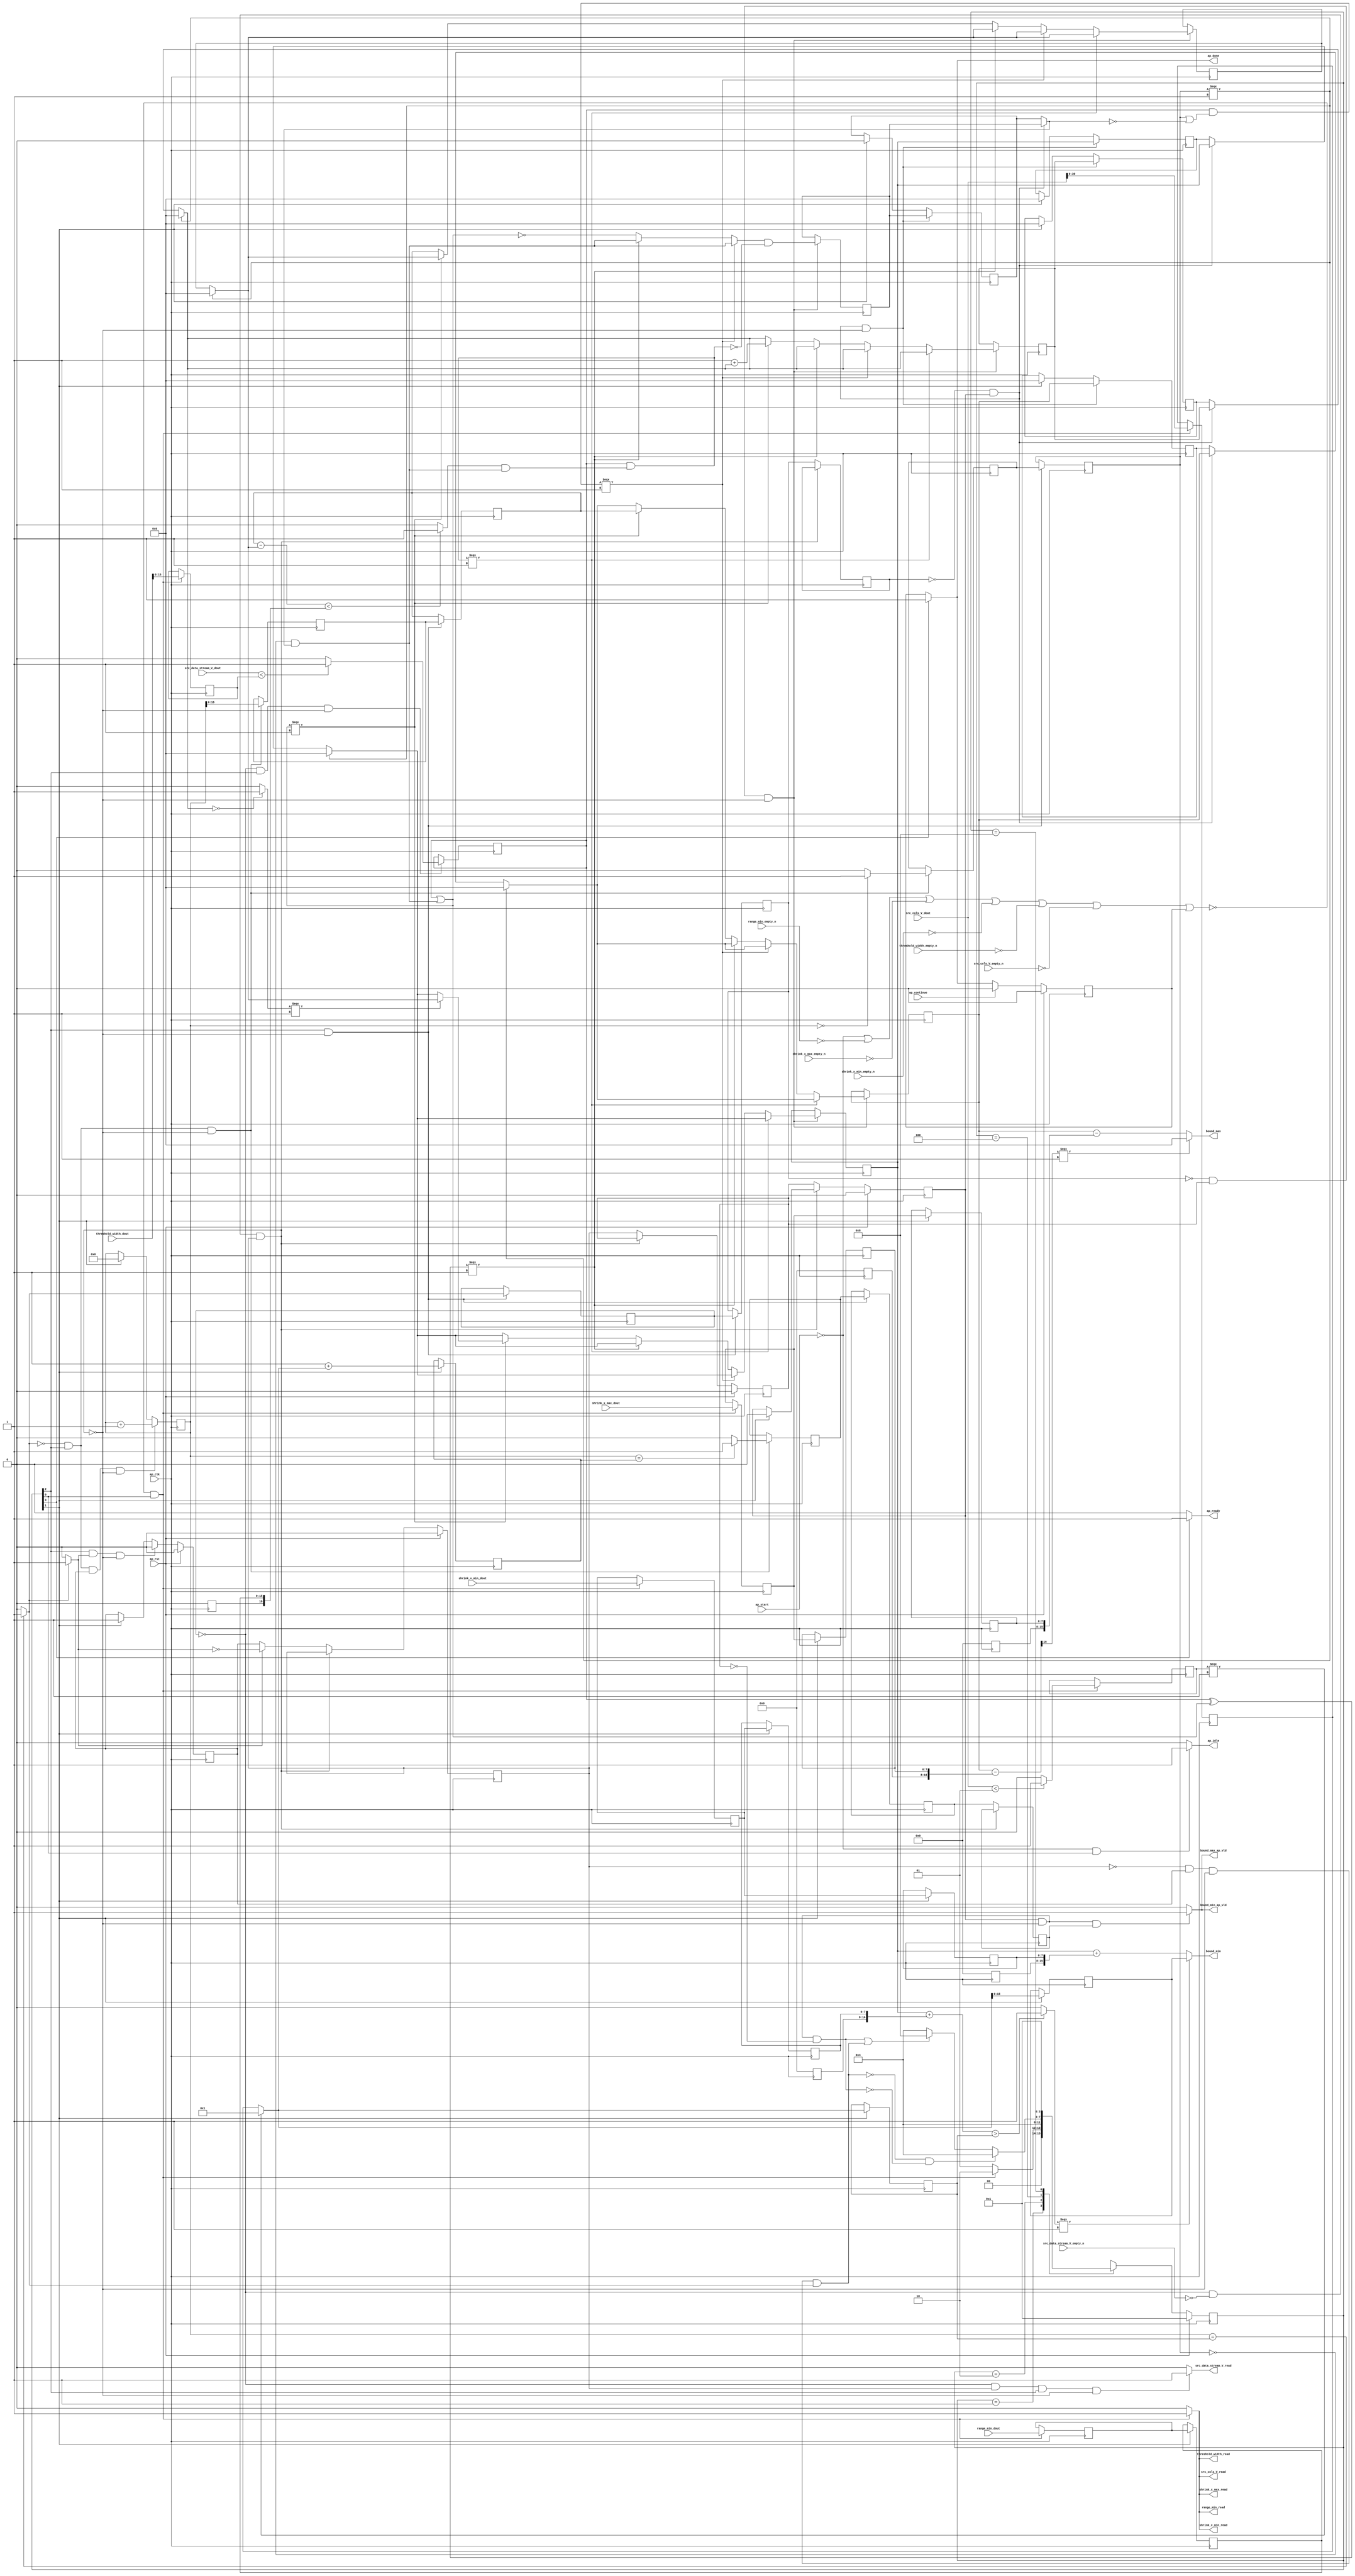
// ==============================================================
// RTL generated by Vivado(TM) HLS - High-Level Synthesis from C, C++ and SystemC
// Version: 2018.2
// Copyright (C) 1986-2018 Xilinx, Inc. All Rights Reserved.
// 
// ===========================================================

`timescale 1 ns / 1 ps 

module find_boundary_shrink_1 (
        ap_clk,
        ap_rst,
        ap_start,
        ap_done,
        ap_continue,
        ap_idle,
        ap_ready,
        src_cols_V_dout,
        src_cols_V_empty_n,
        src_cols_V_read,
        src_data_stream_V_dout,
        src_data_stream_V_empty_n,
        src_data_stream_V_read,
        threshold_width_dout,
        threshold_width_empty_n,
        threshold_width_read,
        shrink_x_min_dout,
        shrink_x_min_empty_n,
        shrink_x_min_read,
        shrink_x_max_dout,
        shrink_x_max_empty_n,
        shrink_x_max_read,
        range_min_dout,
        range_min_empty_n,
        range_min_read,
        bound_min,
        bound_min_ap_vld,
        bound_max,
        bound_max_ap_vld
);

parameter    ap_ST_fsm_state1 = 4'd1;
parameter    ap_ST_fsm_state2 = 4'd2;
parameter    ap_ST_fsm_pp0_stage0 = 4'd4;
parameter    ap_ST_fsm_state7 = 4'd8;

input   ap_clk;
input   ap_rst;
input   ap_start;
output   ap_done;
input   ap_continue;
output   ap_idle;
output   ap_ready;
input  [31:0] src_cols_V_dout;
input   src_cols_V_empty_n;
output   src_cols_V_read;
input  [15:0] src_data_stream_V_dout;
input   src_data_stream_V_empty_n;
output   src_data_stream_V_read;
input  [31:0] threshold_width_dout;
input   threshold_width_empty_n;
output   threshold_width_read;
input  [7:0] shrink_x_min_dout;
input   shrink_x_min_empty_n;
output   shrink_x_min_read;
input  [7:0] shrink_x_max_dout;
input   shrink_x_max_empty_n;
output   shrink_x_max_read;
input  [15:0] range_min_dout;
input   range_min_empty_n;
output   range_min_read;
output  [15:0] bound_min;
output   bound_min_ap_vld;
output  [15:0] bound_max;
output   bound_max_ap_vld;

reg ap_done;
reg ap_idle;
reg ap_ready;
reg src_cols_V_read;
reg src_data_stream_V_read;
reg threshold_width_read;
reg shrink_x_min_read;
reg shrink_x_max_read;
reg range_min_read;
reg bound_min_ap_vld;
reg bound_max_ap_vld;

reg    ap_done_reg;
(* fsm_encoding = "none" *) reg   [3:0] ap_CS_fsm;
wire    ap_CS_fsm_state1;
reg    src_cols_V_blk_n;
reg    src_data_stream_V_blk_n;
wire    ap_CS_fsm_pp0_stage0;
reg    ap_enable_reg_pp0_iter1;
wire    ap_block_pp0_stage0;
reg   [0:0] exitcond_reg_758;
reg    threshold_width_blk_n;
reg    shrink_x_min_blk_n;
reg    shrink_x_max_blk_n;
reg    range_min_blk_n;
reg   [0:0] inBlock_i_i_reg_204;
reg   [15:0] bound_min_r_1_i_i_reg_216;
reg   [15:0] bound_max_r_1_i_i_reg_228;
reg   [15:0] character_num_i_i_reg_240;
reg   [30:0] i_i_i_reg_252;
reg   [7:0] shrink_x_min_read_reg_685;
reg    ap_block_state1;
reg   [7:0] shrink_x_max_read_reg_691;
reg   [15:0] range_min_read_reg_697;
wire   [15:0] p_threshold_fu_263_p1;
reg   [15:0] p_threshold_reg_702;
wire   [30:0] tmp_7_fu_267_p1;
reg   [30:0] tmp_7_reg_707;
wire   [0:0] tmp_i_i_fu_271_p2;
reg   [0:0] tmp_i_i_reg_712;
wire   [30:0] length_fu_277_p3;
reg   [30:0] length_reg_717;
wire    ap_CS_fsm_state2;
wire   [16:0] tmp_14_cast_i_i_fu_283_p1;
reg   [16:0] tmp_14_cast_i_i_reg_723;
wire   [30:0] tmp_15_i_i_fu_286_p2;
reg   [30:0] tmp_15_i_i_reg_728;
wire   [16:0] tmp_16_cast_i_i_fu_292_p1;
reg   [16:0] tmp_16_cast_i_i_reg_733;
wire   [16:0] tmp_17_cast_i_i_fu_295_p1;
reg   [16:0] tmp_17_cast_i_i_reg_738;
wire   [15:0] tmp_18_i_i_fu_298_p1;
reg   [15:0] tmp_18_i_i_reg_743;
wire   [15:0] tmp_19_i_i_fu_301_p1;
reg   [15:0] tmp_19_i_i_reg_748;
wire   [15:0] tmp_fu_304_p1;
reg   [15:0] tmp_reg_753;
wire   [0:0] exitcond_fu_308_p2;
wire    ap_block_state3_pp0_stage0_iter0;
reg    ap_block_state4_pp0_stage0_iter1;
wire    ap_block_state5_pp0_stage0_iter2;
wire    ap_block_state6_pp0_stage0_iter3;
reg    ap_block_pp0_stage0_11001;
reg   [0:0] exitcond_reg_758_pp0_iter1_reg;
reg   [0:0] exitcond_reg_758_pp0_iter2_reg;
wire   [30:0] i_fu_313_p2;
reg    ap_enable_reg_pp0_iter0;
wire   [0:0] tmp_21_i_i_fu_319_p2;
reg   [0:0] tmp_21_i_i_reg_767;
reg   [0:0] tmp_21_i_i_reg_767_pp0_iter1_reg;
wire   [15:0] bound_min_temp_fu_325_p1;
reg   [15:0] bound_min_temp_reg_777;
reg   [15:0] bound_min_temp_reg_777_pp0_iter1_reg;
wire   [0:0] tmp_29_i_i_fu_329_p2;
reg   [0:0] tmp_29_i_i_reg_784;
reg   [0:0] tmp_29_i_i_reg_784_pp0_iter1_reg;
reg   [0:0] tmp_29_i_i_reg_784_pp0_iter2_reg;
wire   [0:0] tmp_22_i_i_fu_334_p2;
reg   [0:0] tmp_22_i_i_reg_788;
wire   [0:0] inBlock_3_i_i_fu_484_p2;
reg   [0:0] inBlock_3_i_i_reg_796;
reg    ap_enable_reg_pp0_iter2;
wire   [15:0] bound_min_r_1_5_i_i_fu_514_p3;
reg   [15:0] bound_min_r_1_5_i_i_reg_801;
wire   [15:0] bound_max_r_1_4_i_i_fu_545_p3;
reg   [15:0] bound_max_r_1_4_i_i_reg_808;
wire   [15:0] character_num_4_i_i_fu_608_p3;
reg   [15:0] character_num_4_i_i_reg_815;
reg    ap_block_pp0_stage0_subdone;
reg    ap_condition_pp0_exit_iter0_state3;
reg    ap_enable_reg_pp0_iter3;
reg   [0:0] ap_phi_mux_inBlock_i_i_phi_fu_208_p4;
reg   [15:0] ap_phi_mux_bound_min_r_1_i_i_phi_fu_220_p4;
reg   [15:0] ap_phi_mux_bound_max_r_1_i_i_phi_fu_232_p4;
reg   [15:0] ap_phi_mux_character_num_i_i_phi_fu_244_p4;
reg   [15:0] bound_min_temp_i_i_fu_150;
wire   [15:0] bound_min_temp_2_i_i_fu_576_p3;
reg    ap_block_pp0_stage0_01001;
wire   [0:0] not_i_i_fu_342_p2;
wire   [0:0] p_inBlock_i_i_fu_347_p2;
wire   [15:0] bound_min_r_1_fu_367_p3;
wire   [16:0] tmp_24_cast_i_i_fu_386_p1;
wire   [16:0] tmp_25_cast_i_i_fu_389_p1;
wire   [16:0] tmp_26_i_i_fu_393_p2;
wire   [15:0] p_character_num_i_i_fu_374_p3;
wire   [0:0] tmp_28_i_i_fu_404_p2;
wire   [15:0] p_bound_min_r_1_i_i_fu_353_p3;
wire   [0:0] or_cond_i_i_fu_381_p2;
wire   [0:0] sel_tmp3_fu_430_p2;
wire   [0:0] sel_tmp_fu_424_p2;
wire   [0:0] inBlock_i_i_not_fu_443_p2;
wire   [0:0] sel_tmp6_fu_449_p2;
wire   [0:0] sel_tmp7_fu_454_p2;
wire   [0:0] sel_tmp4_fu_435_p3;
wire   [0:0] tmp_27_i_i_fu_399_p2;
wire   [0:0] tmp9_fu_467_p2;
wire   [0:0] sel_tmp1_fu_473_p2;
wire   [0:0] sel_tmp8_fu_459_p3;
wire   [0:0] not_sel_tmp_fu_478_p2;
wire   [15:0] p_bound_min_temp_0_b_fu_410_p3;
wire   [15:0] sel_tmp2_fu_490_p3;
wire   [15:0] sel_tmp5_fu_498_p3;
wire   [15:0] sel_tmp9_fu_506_p3;
wire   [15:0] p_bound_max_r_1_i_i_fu_360_p3;
wire   [15:0] sel_tmp10_fu_522_p3;
wire   [15:0] sel_tmp11_fu_529_p3;
wire   [15:0] sel_tmp12_fu_537_p3;
wire   [15:0] sel_tmp13_fu_553_p3;
wire   [15:0] sel_tmp14_fu_560_p3;
wire   [15:0] sel_tmp15_fu_568_p3;
wire   [15:0] character_num_fu_418_p2;
wire   [15:0] sel_tmp16_fu_584_p3;
wire   [15:0] sel_tmp17_fu_592_p3;
wire   [15:0] sel_tmp18_fu_600_p3;
wire   [16:0] tmp_30_cast_i_i_fu_621_p1;
wire   [16:0] tmp_31_i_i_fu_624_p2;
wire   [30:0] tmp_31_cast_i_i_cast_fu_629_p1;
wire   [0:0] tmp_i_i_40_fu_633_p2;
wire   [15:0] tmp_32_i_i_fu_638_p2;
wire   [16:0] tmp_36_cast_i_i_fu_650_p1;
wire   [16:0] tmp_37_i_i_fu_653_p2;
wire   [0:0] tmp_10_fu_658_p3;
wire   [15:0] tmp_39_i_i_fu_666_p2;
wire    ap_CS_fsm_state7;
reg   [3:0] ap_NS_fsm;
reg    ap_idle_pp0;
wire    ap_enable_pp0;

// power-on initialization
initial begin
#0 ap_done_reg = 1'b0;
#0 ap_CS_fsm = 4'd1;
#0 ap_enable_reg_pp0_iter1 = 1'b0;
#0 ap_enable_reg_pp0_iter0 = 1'b0;
#0 ap_enable_reg_pp0_iter2 = 1'b0;
#0 ap_enable_reg_pp0_iter3 = 1'b0;
end

always @ (posedge ap_clk) begin
    if (ap_rst == 1'b1) begin
        ap_CS_fsm <= ap_ST_fsm_state1;
    end else begin
        ap_CS_fsm <= ap_NS_fsm;
    end
end

always @ (posedge ap_clk) begin
    if (ap_rst == 1'b1) begin
        ap_done_reg <= 1'b0;
    end else begin
        if ((ap_continue == 1'b1)) begin
            ap_done_reg <= 1'b0;
        end else if ((1'b1 == ap_CS_fsm_state7)) begin
            ap_done_reg <= 1'b1;
        end
    end
end

always @ (posedge ap_clk) begin
    if (ap_rst == 1'b1) begin
        ap_enable_reg_pp0_iter0 <= 1'b0;
    end else begin
        if (((1'b1 == ap_CS_fsm_pp0_stage0) & (1'b1 == ap_condition_pp0_exit_iter0_state3) & (1'b0 == ap_block_pp0_stage0_subdone))) begin
            ap_enable_reg_pp0_iter0 <= 1'b0;
        end else if ((1'b1 == ap_CS_fsm_state2)) begin
            ap_enable_reg_pp0_iter0 <= 1'b1;
        end
    end
end

always @ (posedge ap_clk) begin
    if (ap_rst == 1'b1) begin
        ap_enable_reg_pp0_iter1 <= 1'b0;
    end else begin
        if ((1'b0 == ap_block_pp0_stage0_subdone)) begin
            if ((1'b1 == ap_condition_pp0_exit_iter0_state3)) begin
                ap_enable_reg_pp0_iter1 <= (1'b1 ^ ap_condition_pp0_exit_iter0_state3);
            end else if ((1'b1 == 1'b1)) begin
                ap_enable_reg_pp0_iter1 <= ap_enable_reg_pp0_iter0;
            end
        end
    end
end

always @ (posedge ap_clk) begin
    if (ap_rst == 1'b1) begin
        ap_enable_reg_pp0_iter2 <= 1'b0;
    end else begin
        if ((1'b0 == ap_block_pp0_stage0_subdone)) begin
            ap_enable_reg_pp0_iter2 <= ap_enable_reg_pp0_iter1;
        end
    end
end

always @ (posedge ap_clk) begin
    if (ap_rst == 1'b1) begin
        ap_enable_reg_pp0_iter3 <= 1'b0;
    end else begin
        if ((1'b0 == ap_block_pp0_stage0_subdone)) begin
            ap_enable_reg_pp0_iter3 <= ap_enable_reg_pp0_iter2;
        end else if ((1'b1 == ap_CS_fsm_state2)) begin
            ap_enable_reg_pp0_iter3 <= 1'b0;
        end
    end
end

always @ (posedge ap_clk) begin
    if (((exitcond_reg_758_pp0_iter2_reg == 1'd0) & (ap_enable_reg_pp0_iter3 == 1'b1) & (1'b0 == ap_block_pp0_stage0_11001))) begin
        bound_max_r_1_i_i_reg_228 <= bound_max_r_1_4_i_i_reg_808;
    end else if ((1'b1 == ap_CS_fsm_state2)) begin
        bound_max_r_1_i_i_reg_228 <= 16'd0;
    end
end

always @ (posedge ap_clk) begin
    if (((exitcond_reg_758_pp0_iter2_reg == 1'd0) & (ap_enable_reg_pp0_iter3 == 1'b1) & (1'b0 == ap_block_pp0_stage0_11001))) begin
        bound_min_r_1_i_i_reg_216 <= bound_min_r_1_5_i_i_reg_801;
    end else if ((1'b1 == ap_CS_fsm_state2)) begin
        bound_min_r_1_i_i_reg_216 <= 16'd0;
    end
end

always @ (posedge ap_clk) begin
    if (((exitcond_reg_758_pp0_iter2_reg == 1'd0) & (ap_enable_reg_pp0_iter3 == 1'b1) & (1'b0 == ap_block_pp0_stage0_11001))) begin
        character_num_i_i_reg_240 <= character_num_4_i_i_reg_815;
    end else if ((1'b1 == ap_CS_fsm_state2)) begin
        character_num_i_i_reg_240 <= 16'd0;
    end
end

always @ (posedge ap_clk) begin
    if (((exitcond_fu_308_p2 == 1'd0) & (1'b1 == ap_CS_fsm_pp0_stage0) & (ap_enable_reg_pp0_iter0 == 1'b1) & (1'b0 == ap_block_pp0_stage0_11001))) begin
        i_i_i_reg_252 <= i_fu_313_p2;
    end else if ((1'b1 == ap_CS_fsm_state2)) begin
        i_i_i_reg_252 <= 31'd0;
    end
end

always @ (posedge ap_clk) begin
    if (((exitcond_reg_758_pp0_iter2_reg == 1'd0) & (ap_enable_reg_pp0_iter3 == 1'b1) & (1'b0 == ap_block_pp0_stage0_11001))) begin
        inBlock_i_i_reg_204 <= inBlock_3_i_i_reg_796;
    end else if ((1'b1 == ap_CS_fsm_state2)) begin
        inBlock_i_i_reg_204 <= 1'd0;
    end
end

always @ (posedge ap_clk) begin
    if (((exitcond_reg_758_pp0_iter1_reg == 1'd0) & (ap_enable_reg_pp0_iter2 == 1'b1) & (1'b0 == ap_block_pp0_stage0_11001))) begin
        bound_max_r_1_4_i_i_reg_808 <= bound_max_r_1_4_i_i_fu_545_p3;
        bound_min_r_1_5_i_i_reg_801 <= bound_min_r_1_5_i_i_fu_514_p3;
        bound_min_temp_i_i_fu_150 <= bound_min_temp_2_i_i_fu_576_p3;
        character_num_4_i_i_reg_815 <= character_num_4_i_i_fu_608_p3;
        inBlock_3_i_i_reg_796 <= inBlock_3_i_i_fu_484_p2;
    end
end

always @ (posedge ap_clk) begin
    if (((exitcond_fu_308_p2 == 1'd0) & (1'b1 == ap_CS_fsm_pp0_stage0) & (1'b0 == ap_block_pp0_stage0_11001))) begin
        bound_min_temp_reg_777 <= bound_min_temp_fu_325_p1;
        tmp_21_i_i_reg_767 <= tmp_21_i_i_fu_319_p2;
        tmp_29_i_i_reg_784 <= tmp_29_i_i_fu_329_p2;
    end
end

always @ (posedge ap_clk) begin
    if (((1'b1 == ap_CS_fsm_pp0_stage0) & (1'b0 == ap_block_pp0_stage0_11001))) begin
        bound_min_temp_reg_777_pp0_iter1_reg <= bound_min_temp_reg_777;
        exitcond_reg_758 <= exitcond_fu_308_p2;
        exitcond_reg_758_pp0_iter1_reg <= exitcond_reg_758;
        tmp_21_i_i_reg_767_pp0_iter1_reg <= tmp_21_i_i_reg_767;
        tmp_29_i_i_reg_784_pp0_iter1_reg <= tmp_29_i_i_reg_784;
    end
end

always @ (posedge ap_clk) begin
    if ((1'b0 == ap_block_pp0_stage0_11001)) begin
        exitcond_reg_758_pp0_iter2_reg <= exitcond_reg_758_pp0_iter1_reg;
        tmp_29_i_i_reg_784_pp0_iter2_reg <= tmp_29_i_i_reg_784_pp0_iter1_reg;
    end
end

always @ (posedge ap_clk) begin
    if ((1'b1 == ap_CS_fsm_state2)) begin
        length_reg_717 <= length_fu_277_p3;
        tmp_14_cast_i_i_reg_723[15 : 0] <= tmp_14_cast_i_i_fu_283_p1[15 : 0];
        tmp_15_i_i_reg_728 <= tmp_15_i_i_fu_286_p2;
        tmp_16_cast_i_i_reg_733[7 : 0] <= tmp_16_cast_i_i_fu_292_p1[7 : 0];
        tmp_17_cast_i_i_reg_738[7 : 0] <= tmp_17_cast_i_i_fu_295_p1[7 : 0];
        tmp_18_i_i_reg_743[7 : 0] <= tmp_18_i_i_fu_298_p1[7 : 0];
        tmp_19_i_i_reg_748[7 : 0] <= tmp_19_i_i_fu_301_p1[7 : 0];
        tmp_reg_753 <= tmp_fu_304_p1;
    end
end

always @ (posedge ap_clk) begin
    if ((~((ap_start == 1'b0) | (range_min_empty_n == 1'b0) | (shrink_x_max_empty_n == 1'b0) | (shrink_x_min_empty_n == 1'b0) | (threshold_width_empty_n == 1'b0) | (src_cols_V_empty_n == 1'b0) | (ap_done_reg == 1'b1)) & (1'b1 == ap_CS_fsm_state1))) begin
        p_threshold_reg_702 <= p_threshold_fu_263_p1;
        range_min_read_reg_697 <= range_min_dout;
        shrink_x_max_read_reg_691 <= shrink_x_max_dout;
        shrink_x_min_read_reg_685 <= shrink_x_min_dout;
        tmp_7_reg_707 <= tmp_7_fu_267_p1;
        tmp_i_i_reg_712 <= tmp_i_i_fu_271_p2;
    end
end

always @ (posedge ap_clk) begin
    if (((exitcond_reg_758 == 1'd0) & (1'b1 == ap_CS_fsm_pp0_stage0) & (1'b0 == ap_block_pp0_stage0_11001))) begin
        tmp_22_i_i_reg_788 <= tmp_22_i_i_fu_334_p2;
    end
end

always @ (*) begin
    if ((exitcond_fu_308_p2 == 1'd1)) begin
        ap_condition_pp0_exit_iter0_state3 = 1'b1;
    end else begin
        ap_condition_pp0_exit_iter0_state3 = 1'b0;
    end
end

always @ (*) begin
    if ((1'b1 == ap_CS_fsm_state7)) begin
        ap_done = 1'b1;
    end else begin
        ap_done = ap_done_reg;
    end
end

always @ (*) begin
    if (((ap_start == 1'b0) & (1'b1 == ap_CS_fsm_state1))) begin
        ap_idle = 1'b1;
    end else begin
        ap_idle = 1'b0;
    end
end

always @ (*) begin
    if (((ap_enable_reg_pp0_iter1 == 1'b0) & (ap_enable_reg_pp0_iter3 == 1'b0) & (ap_enable_reg_pp0_iter2 == 1'b0) & (ap_enable_reg_pp0_iter0 == 1'b0))) begin
        ap_idle_pp0 = 1'b1;
    end else begin
        ap_idle_pp0 = 1'b0;
    end
end

always @ (*) begin
    if (((exitcond_reg_758_pp0_iter2_reg == 1'd0) & (1'b0 == ap_block_pp0_stage0) & (ap_enable_reg_pp0_iter3 == 1'b1))) begin
        ap_phi_mux_bound_max_r_1_i_i_phi_fu_232_p4 = bound_max_r_1_4_i_i_reg_808;
    end else begin
        ap_phi_mux_bound_max_r_1_i_i_phi_fu_232_p4 = bound_max_r_1_i_i_reg_228;
    end
end

always @ (*) begin
    if (((exitcond_reg_758_pp0_iter2_reg == 1'd0) & (1'b0 == ap_block_pp0_stage0) & (ap_enable_reg_pp0_iter3 == 1'b1))) begin
        ap_phi_mux_bound_min_r_1_i_i_phi_fu_220_p4 = bound_min_r_1_5_i_i_reg_801;
    end else begin
        ap_phi_mux_bound_min_r_1_i_i_phi_fu_220_p4 = bound_min_r_1_i_i_reg_216;
    end
end

always @ (*) begin
    if (((exitcond_reg_758_pp0_iter2_reg == 1'd0) & (1'b0 == ap_block_pp0_stage0) & (ap_enable_reg_pp0_iter3 == 1'b1))) begin
        ap_phi_mux_character_num_i_i_phi_fu_244_p4 = character_num_4_i_i_reg_815;
    end else begin
        ap_phi_mux_character_num_i_i_phi_fu_244_p4 = character_num_i_i_reg_240;
    end
end

always @ (*) begin
    if (((exitcond_reg_758_pp0_iter2_reg == 1'd0) & (1'b0 == ap_block_pp0_stage0) & (ap_enable_reg_pp0_iter3 == 1'b1))) begin
        ap_phi_mux_inBlock_i_i_phi_fu_208_p4 = inBlock_3_i_i_reg_796;
    end else begin
        ap_phi_mux_inBlock_i_i_phi_fu_208_p4 = inBlock_i_i_reg_204;
    end
end

always @ (*) begin
    if ((1'b1 == ap_CS_fsm_state7)) begin
        ap_ready = 1'b1;
    end else begin
        ap_ready = 1'b0;
    end
end

always @ (*) begin
    if (((1'b0 == ap_block_pp0_stage0_01001) & (ap_enable_reg_pp0_iter3 == 1'b1) & (tmp_29_i_i_reg_784_pp0_iter2_reg == 1'd1))) begin
        bound_max_ap_vld = 1'b1;
    end else begin
        bound_max_ap_vld = 1'b0;
    end
end

always @ (*) begin
    if (((1'b0 == ap_block_pp0_stage0_01001) & (ap_enable_reg_pp0_iter3 == 1'b1) & (tmp_29_i_i_reg_784_pp0_iter2_reg == 1'd1))) begin
        bound_min_ap_vld = 1'b1;
    end else begin
        bound_min_ap_vld = 1'b0;
    end
end

always @ (*) begin
    if ((~((ap_start == 1'b0) | (ap_done_reg == 1'b1)) & (1'b1 == ap_CS_fsm_state1))) begin
        range_min_blk_n = range_min_empty_n;
    end else begin
        range_min_blk_n = 1'b1;
    end
end

always @ (*) begin
    if ((~((ap_start == 1'b0) | (range_min_empty_n == 1'b0) | (shrink_x_max_empty_n == 1'b0) | (shrink_x_min_empty_n == 1'b0) | (threshold_width_empty_n == 1'b0) | (src_cols_V_empty_n == 1'b0) | (ap_done_reg == 1'b1)) & (1'b1 == ap_CS_fsm_state1))) begin
        range_min_read = 1'b1;
    end else begin
        range_min_read = 1'b0;
    end
end

always @ (*) begin
    if ((~((ap_start == 1'b0) | (ap_done_reg == 1'b1)) & (1'b1 == ap_CS_fsm_state1))) begin
        shrink_x_max_blk_n = shrink_x_max_empty_n;
    end else begin
        shrink_x_max_blk_n = 1'b1;
    end
end

always @ (*) begin
    if ((~((ap_start == 1'b0) | (range_min_empty_n == 1'b0) | (shrink_x_max_empty_n == 1'b0) | (shrink_x_min_empty_n == 1'b0) | (threshold_width_empty_n == 1'b0) | (src_cols_V_empty_n == 1'b0) | (ap_done_reg == 1'b1)) & (1'b1 == ap_CS_fsm_state1))) begin
        shrink_x_max_read = 1'b1;
    end else begin
        shrink_x_max_read = 1'b0;
    end
end

always @ (*) begin
    if ((~((ap_start == 1'b0) | (ap_done_reg == 1'b1)) & (1'b1 == ap_CS_fsm_state1))) begin
        shrink_x_min_blk_n = shrink_x_min_empty_n;
    end else begin
        shrink_x_min_blk_n = 1'b1;
    end
end

always @ (*) begin
    if ((~((ap_start == 1'b0) | (range_min_empty_n == 1'b0) | (shrink_x_max_empty_n == 1'b0) | (shrink_x_min_empty_n == 1'b0) | (threshold_width_empty_n == 1'b0) | (src_cols_V_empty_n == 1'b0) | (ap_done_reg == 1'b1)) & (1'b1 == ap_CS_fsm_state1))) begin
        shrink_x_min_read = 1'b1;
    end else begin
        shrink_x_min_read = 1'b0;
    end
end

always @ (*) begin
    if ((~((ap_start == 1'b0) | (ap_done_reg == 1'b1)) & (1'b1 == ap_CS_fsm_state1))) begin
        src_cols_V_blk_n = src_cols_V_empty_n;
    end else begin
        src_cols_V_blk_n = 1'b1;
    end
end

always @ (*) begin
    if ((~((ap_start == 1'b0) | (range_min_empty_n == 1'b0) | (shrink_x_max_empty_n == 1'b0) | (shrink_x_min_empty_n == 1'b0) | (threshold_width_empty_n == 1'b0) | (src_cols_V_empty_n == 1'b0) | (ap_done_reg == 1'b1)) & (1'b1 == ap_CS_fsm_state1))) begin
        src_cols_V_read = 1'b1;
    end else begin
        src_cols_V_read = 1'b0;
    end
end

always @ (*) begin
    if (((exitcond_reg_758 == 1'd0) & (1'b0 == ap_block_pp0_stage0) & (ap_enable_reg_pp0_iter1 == 1'b1) & (1'b1 == ap_CS_fsm_pp0_stage0))) begin
        src_data_stream_V_blk_n = src_data_stream_V_empty_n;
    end else begin
        src_data_stream_V_blk_n = 1'b1;
    end
end

always @ (*) begin
    if (((exitcond_reg_758 == 1'd0) & (ap_enable_reg_pp0_iter1 == 1'b1) & (1'b1 == ap_CS_fsm_pp0_stage0) & (1'b0 == ap_block_pp0_stage0_11001))) begin
        src_data_stream_V_read = 1'b1;
    end else begin
        src_data_stream_V_read = 1'b0;
    end
end

always @ (*) begin
    if ((~((ap_start == 1'b0) | (ap_done_reg == 1'b1)) & (1'b1 == ap_CS_fsm_state1))) begin
        threshold_width_blk_n = threshold_width_empty_n;
    end else begin
        threshold_width_blk_n = 1'b1;
    end
end

always @ (*) begin
    if ((~((ap_start == 1'b0) | (range_min_empty_n == 1'b0) | (shrink_x_max_empty_n == 1'b0) | (shrink_x_min_empty_n == 1'b0) | (threshold_width_empty_n == 1'b0) | (src_cols_V_empty_n == 1'b0) | (ap_done_reg == 1'b1)) & (1'b1 == ap_CS_fsm_state1))) begin
        threshold_width_read = 1'b1;
    end else begin
        threshold_width_read = 1'b0;
    end
end

always @ (*) begin
    case (ap_CS_fsm)
        ap_ST_fsm_state1 : begin
            if ((~((ap_start == 1'b0) | (range_min_empty_n == 1'b0) | (shrink_x_max_empty_n == 1'b0) | (shrink_x_min_empty_n == 1'b0) | (threshold_width_empty_n == 1'b0) | (src_cols_V_empty_n == 1'b0) | (ap_done_reg == 1'b1)) & (1'b1 == ap_CS_fsm_state1))) begin
                ap_NS_fsm = ap_ST_fsm_state2;
            end else begin
                ap_NS_fsm = ap_ST_fsm_state1;
            end
        end
        ap_ST_fsm_state2 : begin
            ap_NS_fsm = ap_ST_fsm_pp0_stage0;
        end
        ap_ST_fsm_pp0_stage0 : begin
            if ((~((ap_enable_reg_pp0_iter1 == 1'b0) & (ap_enable_reg_pp0_iter0 == 1'b1) & (1'b0 == ap_block_pp0_stage0_subdone) & (exitcond_fu_308_p2 == 1'd1)) & ~((ap_enable_reg_pp0_iter3 == 1'b1) & (1'b0 == ap_block_pp0_stage0_subdone) & (ap_enable_reg_pp0_iter2 == 1'b0)))) begin
                ap_NS_fsm = ap_ST_fsm_pp0_stage0;
            end else if ((((ap_enable_reg_pp0_iter3 == 1'b1) & (1'b0 == ap_block_pp0_stage0_subdone) & (ap_enable_reg_pp0_iter2 == 1'b0)) | ((ap_enable_reg_pp0_iter1 == 1'b0) & (ap_enable_reg_pp0_iter0 == 1'b1) & (1'b0 == ap_block_pp0_stage0_subdone) & (exitcond_fu_308_p2 == 1'd1)))) begin
                ap_NS_fsm = ap_ST_fsm_state7;
            end else begin
                ap_NS_fsm = ap_ST_fsm_pp0_stage0;
            end
        end
        ap_ST_fsm_state7 : begin
            ap_NS_fsm = ap_ST_fsm_state1;
        end
        default : begin
            ap_NS_fsm = 'bx;
        end
    endcase
end

assign ap_CS_fsm_pp0_stage0 = ap_CS_fsm[32'd2];

assign ap_CS_fsm_state1 = ap_CS_fsm[32'd0];

assign ap_CS_fsm_state2 = ap_CS_fsm[32'd1];

assign ap_CS_fsm_state7 = ap_CS_fsm[32'd3];

assign ap_block_pp0_stage0 = ~(1'b1 == 1'b1);

always @ (*) begin
    ap_block_pp0_stage0_01001 = ((exitcond_reg_758 == 1'd0) & (src_data_stream_V_empty_n == 1'b0) & (ap_enable_reg_pp0_iter1 == 1'b1));
end

always @ (*) begin
    ap_block_pp0_stage0_11001 = ((exitcond_reg_758 == 1'd0) & (src_data_stream_V_empty_n == 1'b0) & (ap_enable_reg_pp0_iter1 == 1'b1));
end

always @ (*) begin
    ap_block_pp0_stage0_subdone = ((exitcond_reg_758 == 1'd0) & (src_data_stream_V_empty_n == 1'b0) & (ap_enable_reg_pp0_iter1 == 1'b1));
end

always @ (*) begin
    ap_block_state1 = ((ap_start == 1'b0) | (range_min_empty_n == 1'b0) | (shrink_x_max_empty_n == 1'b0) | (shrink_x_min_empty_n == 1'b0) | (threshold_width_empty_n == 1'b0) | (src_cols_V_empty_n == 1'b0) | (ap_done_reg == 1'b1));
end

assign ap_block_state3_pp0_stage0_iter0 = ~(1'b1 == 1'b1);

always @ (*) begin
    ap_block_state4_pp0_stage0_iter1 = ((exitcond_reg_758 == 1'd0) & (src_data_stream_V_empty_n == 1'b0));
end

assign ap_block_state5_pp0_stage0_iter2 = ~(1'b1 == 1'b1);

assign ap_block_state6_pp0_stage0_iter3 = ~(1'b1 == 1'b1);

assign ap_enable_pp0 = (ap_idle_pp0 ^ 1'b1);

assign bound_max = ((tmp_10_fu_658_p3[0:0] === 1'b1) ? 16'd0 : tmp_39_i_i_fu_666_p2);

assign bound_max_r_1_4_i_i_fu_545_p3 = ((sel_tmp1_fu_473_p2[0:0] === 1'b1) ? p_bound_max_r_1_i_i_fu_360_p3 : sel_tmp12_fu_537_p3);

assign bound_min = ((tmp_i_i_40_fu_633_p2[0:0] === 1'b1) ? tmp_reg_753 : tmp_32_i_i_fu_638_p2);

assign bound_min_r_1_5_i_i_fu_514_p3 = ((sel_tmp1_fu_473_p2[0:0] === 1'b1) ? p_bound_min_r_1_i_i_fu_353_p3 : sel_tmp9_fu_506_p3);

assign bound_min_r_1_fu_367_p3 = ((tmp_21_i_i_reg_767_pp0_iter1_reg[0:0] === 1'b1) ? 16'd0 : bound_min_temp_i_i_fu_150);

assign bound_min_temp_2_i_i_fu_576_p3 = ((sel_tmp1_fu_473_p2[0:0] === 1'b1) ? bound_min_r_1_fu_367_p3 : sel_tmp15_fu_568_p3);

assign bound_min_temp_fu_325_p1 = i_i_i_reg_252[15:0];

assign character_num_4_i_i_fu_608_p3 = ((sel_tmp1_fu_473_p2[0:0] === 1'b1) ? p_character_num_i_i_fu_374_p3 : sel_tmp18_fu_600_p3);

assign character_num_fu_418_p2 = (16'd1 + p_character_num_i_i_fu_374_p3);

assign exitcond_fu_308_p2 = ((i_i_i_reg_252 == length_reg_717) ? 1'b1 : 1'b0);

assign i_fu_313_p2 = (i_i_i_reg_252 + 31'd1);

assign inBlock_3_i_i_fu_484_p2 = (sel_tmp8_fu_459_p3 & not_sel_tmp_fu_478_p2);

assign inBlock_i_i_not_fu_443_p2 = (ap_phi_mux_inBlock_i_i_phi_fu_208_p4 ^ 1'd1);

assign length_fu_277_p3 = ((tmp_i_i_reg_712[0:0] === 1'b1) ? 31'd1 : tmp_7_reg_707);

assign not_i_i_fu_342_p2 = (tmp_21_i_i_reg_767_pp0_iter1_reg ^ 1'd1);

assign not_sel_tmp_fu_478_p2 = (sel_tmp1_fu_473_p2 ^ 1'd1);

assign or_cond_i_i_fu_381_p2 = (tmp_22_i_i_reg_788 | p_inBlock_i_i_fu_347_p2);

assign p_bound_max_r_1_i_i_fu_360_p3 = ((tmp_21_i_i_reg_767_pp0_iter1_reg[0:0] === 1'b1) ? 16'd0 : ap_phi_mux_bound_max_r_1_i_i_phi_fu_232_p4);

assign p_bound_min_r_1_i_i_fu_353_p3 = ((tmp_21_i_i_reg_767_pp0_iter1_reg[0:0] === 1'b1) ? 16'd0 : ap_phi_mux_bound_min_r_1_i_i_phi_fu_220_p4);

assign p_bound_min_temp_0_b_fu_410_p3 = ((tmp_28_i_i_fu_404_p2[0:0] === 1'b1) ? bound_min_r_1_fu_367_p3 : p_bound_min_r_1_i_i_fu_353_p3);

assign p_character_num_i_i_fu_374_p3 = ((tmp_21_i_i_reg_767_pp0_iter1_reg[0:0] === 1'b1) ? 16'd0 : ap_phi_mux_character_num_i_i_phi_fu_244_p4);

assign p_inBlock_i_i_fu_347_p2 = (not_i_i_fu_342_p2 & ap_phi_mux_inBlock_i_i_phi_fu_208_p4);

assign p_threshold_fu_263_p1 = threshold_width_dout[15:0];

assign sel_tmp10_fu_522_p3 = ((or_cond_i_i_fu_381_p2[0:0] === 1'b1) ? bound_min_temp_reg_777_pp0_iter1_reg : p_bound_max_r_1_i_i_fu_360_p3);

assign sel_tmp11_fu_529_p3 = ((sel_tmp3_fu_430_p2[0:0] === 1'b1) ? p_bound_max_r_1_i_i_fu_360_p3 : sel_tmp10_fu_522_p3);

assign sel_tmp12_fu_537_p3 = ((sel_tmp7_fu_454_p2[0:0] === 1'b1) ? p_bound_max_r_1_i_i_fu_360_p3 : sel_tmp11_fu_529_p3);

assign sel_tmp13_fu_553_p3 = ((or_cond_i_i_fu_381_p2[0:0] === 1'b1) ? bound_min_r_1_fu_367_p3 : bound_min_temp_reg_777_pp0_iter1_reg);

assign sel_tmp14_fu_560_p3 = ((sel_tmp3_fu_430_p2[0:0] === 1'b1) ? bound_min_r_1_fu_367_p3 : sel_tmp13_fu_553_p3);

assign sel_tmp15_fu_568_p3 = ((sel_tmp7_fu_454_p2[0:0] === 1'b1) ? bound_min_r_1_fu_367_p3 : sel_tmp14_fu_560_p3);

assign sel_tmp16_fu_584_p3 = ((or_cond_i_i_fu_381_p2[0:0] === 1'b1) ? character_num_fu_418_p2 : p_character_num_i_i_fu_374_p3);

assign sel_tmp17_fu_592_p3 = ((sel_tmp3_fu_430_p2[0:0] === 1'b1) ? p_character_num_i_i_fu_374_p3 : sel_tmp16_fu_584_p3);

assign sel_tmp18_fu_600_p3 = ((sel_tmp7_fu_454_p2[0:0] === 1'b1) ? p_character_num_i_i_fu_374_p3 : sel_tmp17_fu_592_p3);

assign sel_tmp1_fu_473_p2 = (tmp_22_i_i_reg_788 & tmp9_fu_467_p2);

assign sel_tmp2_fu_490_p3 = ((or_cond_i_i_fu_381_p2[0:0] === 1'b1) ? p_bound_min_temp_0_b_fu_410_p3 : p_bound_min_r_1_i_i_fu_353_p3);

assign sel_tmp3_fu_430_p2 = (tmp_22_i_i_reg_788 ^ or_cond_i_i_fu_381_p2);

assign sel_tmp4_fu_435_p3 = ((sel_tmp3_fu_430_p2[0:0] === 1'b1) ? p_inBlock_i_i_fu_347_p2 : sel_tmp_fu_424_p2);

assign sel_tmp5_fu_498_p3 = ((sel_tmp3_fu_430_p2[0:0] === 1'b1) ? p_bound_min_r_1_i_i_fu_353_p3 : sel_tmp2_fu_490_p3);

assign sel_tmp6_fu_449_p2 = (tmp_21_i_i_reg_767_pp0_iter1_reg | inBlock_i_i_not_fu_443_p2);

assign sel_tmp7_fu_454_p2 = (tmp_22_i_i_reg_788 & sel_tmp6_fu_449_p2);

assign sel_tmp8_fu_459_p3 = ((sel_tmp7_fu_454_p2[0:0] === 1'b1) ? p_inBlock_i_i_fu_347_p2 : sel_tmp4_fu_435_p3);

assign sel_tmp9_fu_506_p3 = ((sel_tmp7_fu_454_p2[0:0] === 1'b1) ? p_bound_min_r_1_i_i_fu_353_p3 : sel_tmp5_fu_498_p3);

assign sel_tmp_fu_424_p2 = (or_cond_i_i_fu_381_p2 ^ 1'd1);

assign tmp9_fu_467_p2 = (tmp_27_i_i_fu_399_p2 & p_inBlock_i_i_fu_347_p2);

assign tmp_10_fu_658_p3 = tmp_37_i_i_fu_653_p2[32'd16];

assign tmp_14_cast_i_i_fu_283_p1 = range_min_read_reg_697;

assign tmp_15_i_i_fu_286_p2 = ($signed(31'd2147483647) + $signed(length_fu_277_p3));

assign tmp_16_cast_i_i_fu_292_p1 = shrink_x_min_read_reg_685;

assign tmp_17_cast_i_i_fu_295_p1 = shrink_x_max_read_reg_691;

assign tmp_18_i_i_fu_298_p1 = shrink_x_max_read_reg_691;

assign tmp_19_i_i_fu_301_p1 = shrink_x_min_read_reg_685;

assign tmp_21_i_i_fu_319_p2 = ((i_i_i_reg_252 == 31'd0) ? 1'b1 : 1'b0);

assign tmp_22_i_i_fu_334_p2 = ((src_data_stream_V_dout < p_threshold_reg_702) ? 1'b1 : 1'b0);

assign tmp_24_cast_i_i_fu_386_p1 = bound_min_temp_reg_777_pp0_iter1_reg;

assign tmp_25_cast_i_i_fu_389_p1 = bound_min_r_1_fu_367_p3;

assign tmp_26_i_i_fu_393_p2 = (tmp_24_cast_i_i_fu_386_p1 - tmp_25_cast_i_i_fu_389_p1);

assign tmp_27_i_i_fu_399_p2 = (($signed(tmp_26_i_i_fu_393_p2) < $signed(tmp_14_cast_i_i_reg_723)) ? 1'b1 : 1'b0);

assign tmp_28_i_i_fu_404_p2 = ((p_character_num_i_i_fu_374_p3 == 16'd0) ? 1'b1 : 1'b0);

assign tmp_29_i_i_fu_329_p2 = ((i_i_i_reg_252 == tmp_15_i_i_reg_728) ? 1'b1 : 1'b0);

assign tmp_30_cast_i_i_fu_621_p1 = bound_min_r_1_5_i_i_reg_801;

assign tmp_31_cast_i_i_cast_fu_629_p1 = tmp_31_i_i_fu_624_p2;

assign tmp_31_i_i_fu_624_p2 = (tmp_30_cast_i_i_fu_621_p1 + tmp_16_cast_i_i_reg_733);

assign tmp_32_i_i_fu_638_p2 = (bound_min_r_1_5_i_i_reg_801 + tmp_19_i_i_reg_748);

assign tmp_36_cast_i_i_fu_650_p1 = bound_max_r_1_4_i_i_reg_808;

assign tmp_37_i_i_fu_653_p2 = (tmp_36_cast_i_i_fu_650_p1 - tmp_17_cast_i_i_reg_738);

assign tmp_39_i_i_fu_666_p2 = (bound_max_r_1_4_i_i_reg_808 - tmp_18_i_i_reg_743);

assign tmp_7_fu_267_p1 = src_cols_V_dout[30:0];

assign tmp_fu_304_p1 = length_fu_277_p3[15:0];

assign tmp_i_i_40_fu_633_p2 = ((tmp_31_cast_i_i_cast_fu_629_p1 > length_reg_717) ? 1'b1 : 1'b0);

assign tmp_i_i_fu_271_p2 = (($signed(src_cols_V_dout) < $signed(32'd1)) ? 1'b1 : 1'b0);

always @ (posedge ap_clk) begin
    tmp_14_cast_i_i_reg_723[16] <= 1'b0;
    tmp_16_cast_i_i_reg_733[16:8] <= 9'b000000000;
    tmp_17_cast_i_i_reg_738[16:8] <= 9'b000000000;
    tmp_18_i_i_reg_743[15:8] <= 8'b00000000;
    tmp_19_i_i_reg_748[15:8] <= 8'b00000000;
end

endmodule //find_boundary_shrink_1